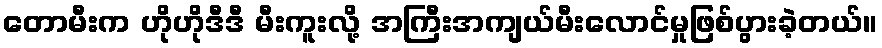
တောမီးက ဟိုဟိုဒီဒီ မီးကူးလို့ အကြီးအကျယ်မီးလောင်မှုဖြစ်ပွားခဲ့တယ်။